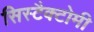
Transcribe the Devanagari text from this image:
सिस्टैक्टोमी